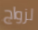
لزواج